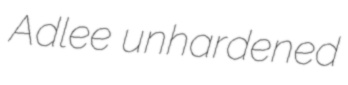
Adlee unhardened